Report of the Imperial Institute of Veterinary Research, Muktesar
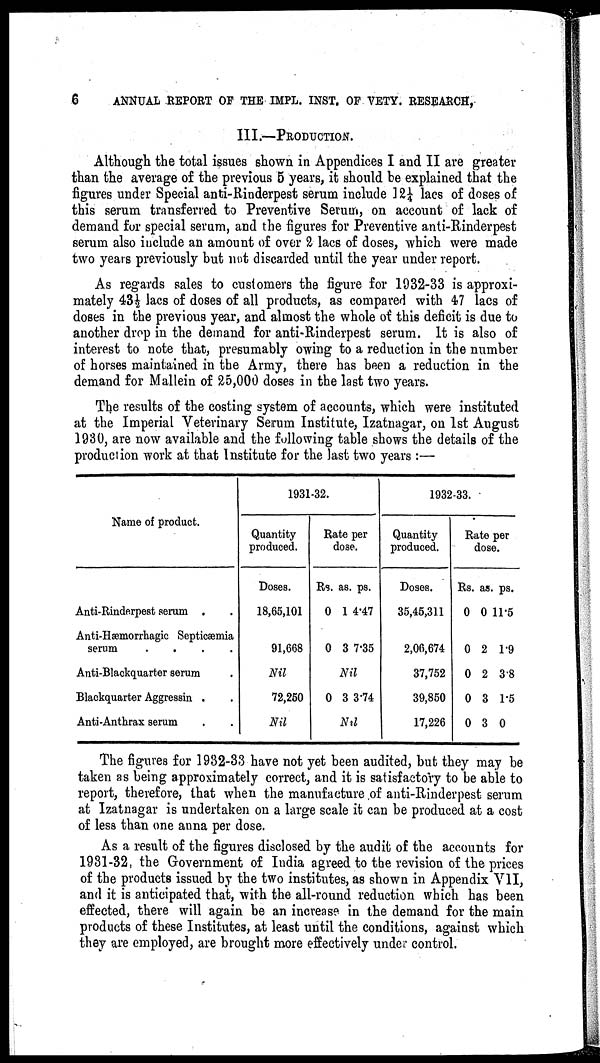
6
ANNUAL REPORT OF THE IMPL. INST. OF VETY. RESEARCH,
III.—PRODUCTION.
Although the total issues shown in Appendices I and II are greater
than the average of the previous 5 years, it should be explained that the
figures under Special anti-Rinderpest serum include 12¼ lacs of doses of
this serum transferred to Preventive Serum, on account of lack of
demand for special serum, and the figures for Preventive anti-Rinderpest
serum also include an amount of over 2 lacs of doses, which were made
two years previously but not discarded until the year under report.
As regards sales to customers the figure for 1932-33 is approxi-
mately 43½ lacs of doses of all products, as compared with 47 lacs of
doses in the previous year, and almost the whole of this deficit is due to
another drop in the demand for anti-Rinderpest serum. It is also of
interest to note that, presumably owing to a reduction in the number
of horses maintained in the Army, there has been a reduction in the
demand for Mallein of 25,000 doses in the last two years.
The results of the costing system of accounts, which were instituted
at the Imperial Veterinary Serum Institute, Izatnagar, on 1st August
1930, are now available and the following table shows the details of the
production work at that Institute for the last two years :—
Name of product.
Anti-Rinderpest serum .
Anti-Hæmorrhagic Septicæmia
serum
....
Anti-Blackquarter serum
Blackquarter Aggressin .
Anti-Anthrax serum
1931-32.
Quantity
produced.
Doses.
18,65,101
91,668
Nil
72,250
Nil
Rate per
dose.
Rs. as. ps.
0 1 4.47
0 3 7.35
Nil
0 3 3.74
Nil
1932-33.
Quantity
produced.
Doses.
35,45,311
2,06,674
37,752
39,850
17,226
Rate per
dose.
Rs. as. ps.
0 0 11.5
0 2 1.9
0 2 3.8
0 3 1.5
0 3 0
The figures for 1932-33 have not yet been audited, but they may be
taken as being approximately correct, and it is satisfactory to be able to
report, therefore, that when the manufacture of anti-Rinderpest serum
at Izatnagar is undertaken on a large scale it can be produced at a cost
of less than one anna per dose.
As a result of the figures disclosed by the audit of the accounts for
1931-32 the Government of India agreed to the revision of the prices
of the products issued by the two institutes, as shown in Appendix VII,
and it is anticipated that, with the all-round reduction which has been
effected, there will again be an increase in the demand for the main
products of these Institutes, at least until the conditions, against which
they are employed, are brought more effectively under control.